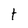
Character: t